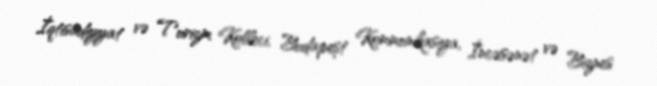
İqtisadiyyat və Turizm Kolleci, Budapeşt Kommunikasiya, İncəsənət və Biznes